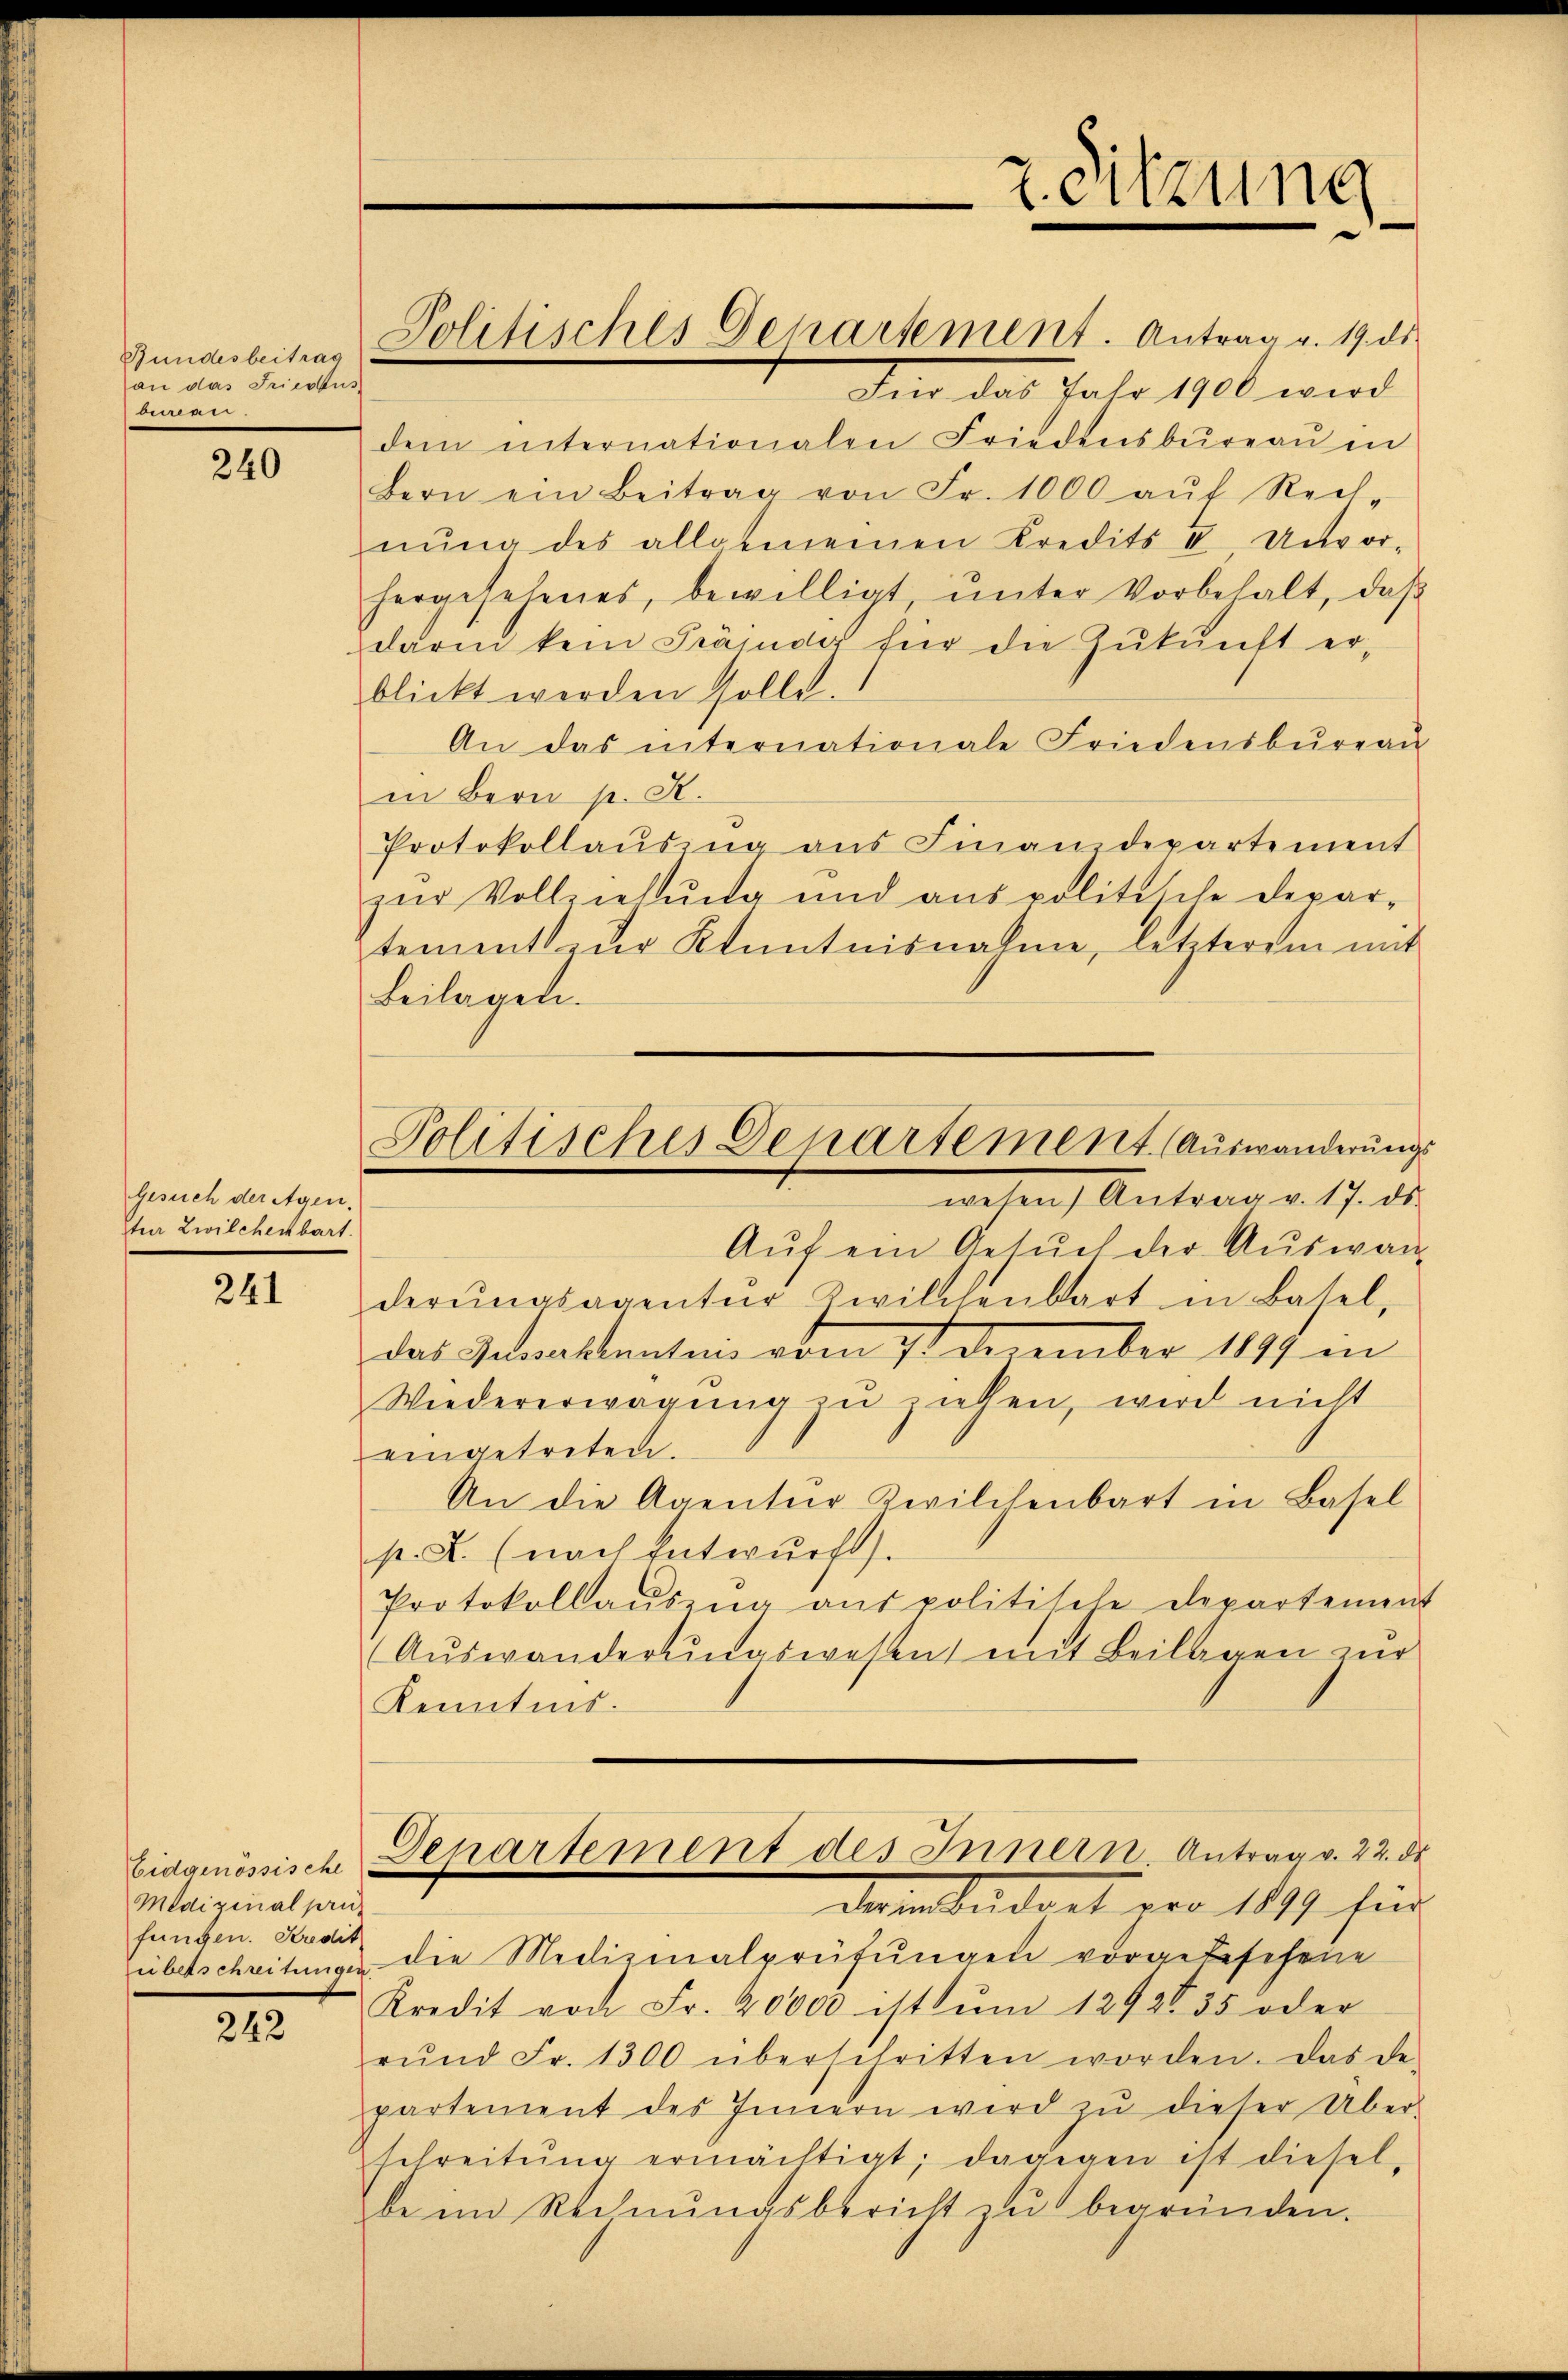
Bundesbeitrag
an das Friedus
biren.

240

gesuch der Agen.
ster Zwilchenbart.

241

242

Eidgenössische
Medizinalpri-
fungen. Kredit

Si das Jahr 1900 wird
dem internationalen Friedensbüreaŭ in
Bern ein Beitrag von Fr. 1000 aŭf Rech
nŭng des allgemeinen Kredits II, Unvor-
hergesehenes, bewilligt, ŭnter Vorbehalt, daβ
darin kein Präsider für die Zŭkŭnft er-
blickt werden solle.
An das internationale Friedensbureau
in Bern p. R.
Protokollausing aus Finanzdepartement
zur Vollziehung und aus politische Depar-
tement zur Kenntnisnahme, letzterem mit
Beilagen.
Aŭf ein Gesŭch der Aŭswan
derŭngsagentŭr Zwilchenbart in Basel,
das Interstenten vom 7. December 1891 in
Wiedererwägung zu ziehen, wird nicht
eingetreten.
An die Agentur Zwilchenbart in Basel
p. F. (nach Entwurf.
Protokollaŭszŭg aŭs politische Departement
Auswanderungswesen mit Beilagen zur
Kenntnis.
Denartement des Innern, Antrag v. 22. ds
dern beident pro 1847 sind
überschreitungen die Medizinalprüfungen vorgebeschene
Kredit von Fr. 20000 ist ŭm 1292635 oder
rŭnd Fr. 1300 überschritten worden. Das de-
partement des Innern wird zŭ dieser Über-
schreitŭng ermächtigt; dagegen ist diesel-
be im Rechnŭngsbericht zu begründen.

Politisches Departement. Antrag v. 19. ds

2. Sitzung

Politisches Departement. Auswanderungs
wesen Antrag v. 17. ds.